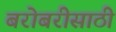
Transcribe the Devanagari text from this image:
बरोबरीसाठी